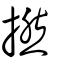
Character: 撚